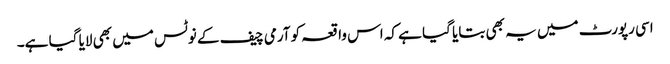
اسی رپورٹ میں یہ بھی بتایا گیا ہے کہ اس واقعہ کو آرمی چیف کے نوٹس میں بھی لایا گیا ہے۔